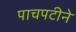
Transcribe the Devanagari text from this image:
पाचपटीने